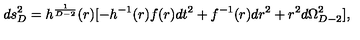
d s _ { D } ^ { 2 } = h ^ { \frac { 1 } { D - 2 } } ( r ) [ - h ^ { - 1 } ( r ) f ( r ) d t ^ { 2 } + f ^ { - 1 } ( r ) d r ^ { 2 } + r ^ { 2 } d \Omega _ { D - 2 } ^ { 2 } ] ,